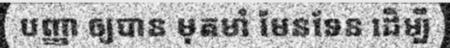
បញ្ញា ឲ្យបាន មុតមាំ មែនទែន ដើម្បី